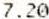
7.20